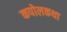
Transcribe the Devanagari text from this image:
कपोलकथा